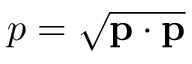
p = { \sqrt { \mathbf { p } \cdot \mathbf { p } } }